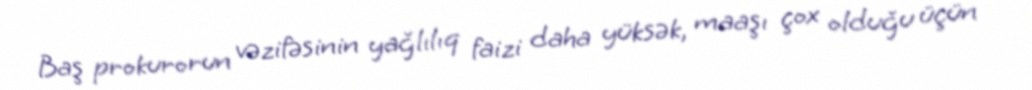
Baş prokurorun vəzifəsinin yağlılıq faizi daha yüksək, maaşı çox olduğu üçün